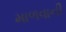
માળવાની